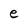
Character: e